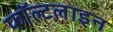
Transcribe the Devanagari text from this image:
फॉल्टलाइन